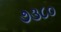
૭૩૮૦